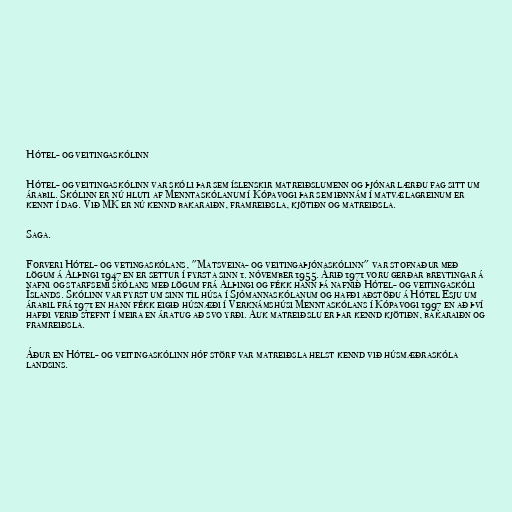
Hótel- og veitingaskólinn

Hótel- og veitingaskólinn var skóli þar sem íslenskir matreiðslumenn og þjónar lærðu fag sitt um
árabil. Skólinn er nú hluti af Menntaskólanum í Kópavogi þar sem iðnnám í matvælagreinum er
kennt í dag. Við MK er nú kennd bakaraiðn, framreiðsla, kjötiðn og matreiðsla.

Saga.

Forveri Hótel- og vetingaskólans, "Matsveina- og veitingaþjónaskólinn" var stofnaður með
lögum á Alþingi 1947 en er settur í fyrsta sinn 1. nóvember 1955. Árið 1971 voru gerðar breytingar á
nafni og starfsemi skólans með lögum frá Alþingi og fékk hann þá nafnið Hótel- og veitingaskóli
Íslands. Skólinn var fyrst um sinn til húsa í Sjómannaskólanum og hafði aðstöðu á Hótel Esju um
árabil frá 1971 en hann fékk eigið húsnæði í Verknámshúsi Menntaskólans í Kópavogi 1997 en að því
hafði verið stefnt í meira en áratug að svo yrði. Auk matreiðslu er þar kennd kjötiðn, bakaraiðn og
framreiðsla.

Áður en Hótel- og veitingaskólinn hóf störf var matreiðsla helst kennd við húsmæðraskóla
landsins.